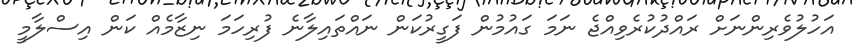
އަހުލުވެރިންނަށް ރައްދުކުރެވިއްޖެ ނަމަ ގައުމުން ފަގީރުކަން ނައްތައިލާނެ ފުރިހަމަ ނިޒާމެއް ކަން އިސްލާމީ